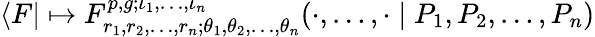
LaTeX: \langle F|\mapsto F_{r_{1},r_{2},\dots,r_{n};\theta_{1},\theta_{2},\dots,\theta_{n}}^{p,g;\iota_{1},\dots,\iota_{n}}(\cdot,\dots,\cdot\mid P_{1},P_{2},\dots,P_{n})